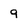
Character: 9